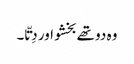
وہ دو تھے بخشو اور دِتّا ۔